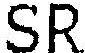
SR